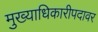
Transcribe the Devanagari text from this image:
मुख्याधिकारीपदावर